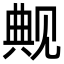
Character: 觍